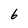
Character: 6